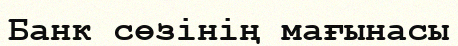
Банк сөзінің мағынасы